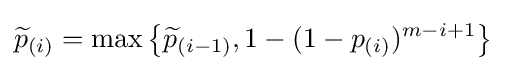
{\widetilde {p}}_{(i)}=\max \left\{{\widetilde {p}}_{(i-1)},1-(1-p_{(i)})^{m-i+1}\right\}